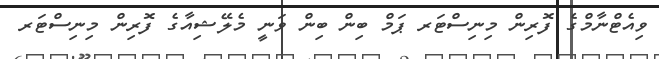
ވިއެޓްނާމްގެ ފޮރިން މިނިސްޓަރ ޕަމް ބިން ބިން ވަނީ މެލޭޝިއާގެ ފޮރިން މިނިސްޓަރ